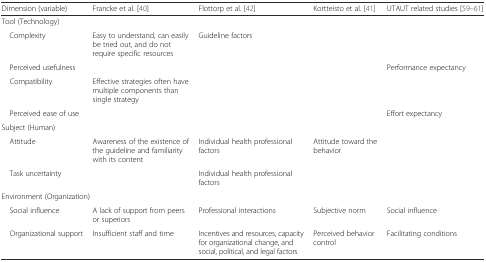
| Dimension (variable) | Francke et al. [40] | Flottorp et al. [42] | Kortteisto et al. [41] | UTAUT related studies [59–61] |
 | --- | --- | --- | --- | --- |
 | <COLSPAN=5> Tool (Technology) |
 | Complexity | Easy to understand, can easily be tried out, and do not require specific resources | Guideline factors |  |  |
 | Perceived usefulness |  |  |  | Performance expectancy |
 | Compatibility | Effective strategies often have multiple components than single strategy |  |  |  |
 | Perceived ease of use |  |  |  | Effort expectancy |
 | <COLSPAN=5> Subject (Human) |
 | Attitude | Awareness of the existence of the guideline and familiarity with its content | Individual health professional factors | Attitude toward the behavior |  |
 | Task uncertainty |  | Individual health professional factors |  |  |
 | <COLSPAN=5> Environment (Organization) |
 | Social influence | A lack of support from peers or superiors | Professional interactions | Subjective norm | Social influence |
 | Organizational support | Insufficient staff and time | Incentives and resources, capacity for organizational change, and social, political, and legal factors | Perceived behavior control | Facilitating conditions |